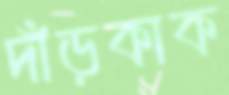
দাঁড়কাক